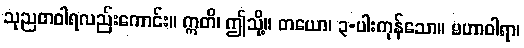
သုညတဝါရလည်းကောင်း။ ဣတိ၊ ဤသို့။ တယော၊ ၃-ပါးကုန်သော။ မဟာဝါရာ၊